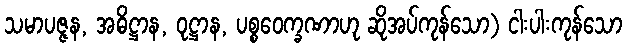
သမာပဇ္ဇန, အဓိဋ္ဌာန, ဝုဋ္ဌာန, ပစ္စဝေက္ခဏာဟု ဆိုအပ်ကုန်သော) ငါးပါးကုန်သော